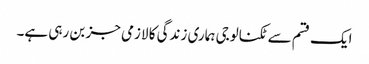
ایک قسم سے ٹکنالوجی ہماری زندگی کا لازمی جز بن رہی ہے۔